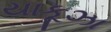
યાકૂઝા